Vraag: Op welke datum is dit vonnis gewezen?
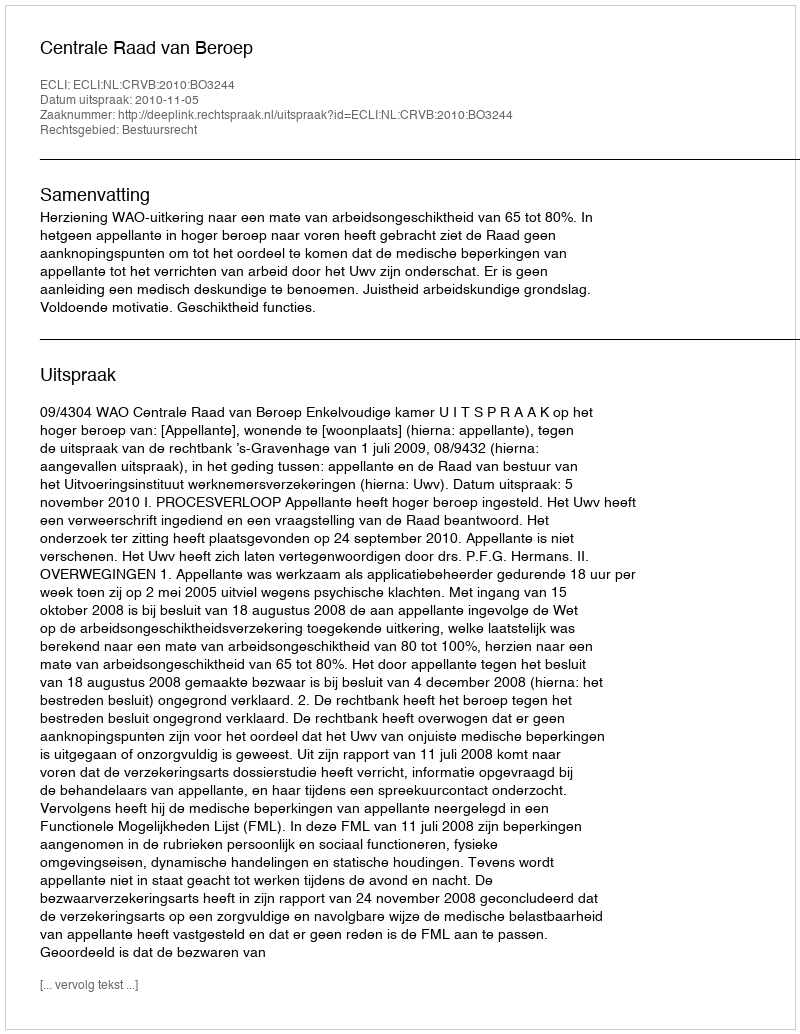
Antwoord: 2010-11-05